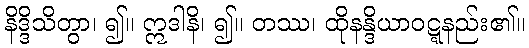
နိဒ္ဒိသိတွာ၊ ၍။ ဣဒါနိ၊ ၍။ တဿ၊ ထိုနန္ဒိယာဝဋ္ဋနည်း၏။